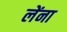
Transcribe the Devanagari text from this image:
लेंना